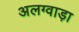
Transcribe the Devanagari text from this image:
अलग्वाड़ा